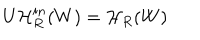
U \mathcal { H } _ { R } ^ { i n } ( W ) = \mathcal { H } _ { R } ( W )